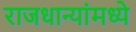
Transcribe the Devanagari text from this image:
राजधान्यांमध्ये